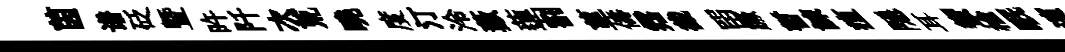
茵谱砭暨旿阡次荒曉度汀泠藪蓮割莖儔霑截㽞蹶暫諫疽隱耳蠁榆眠濱